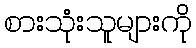
စားသုံးသူများကို